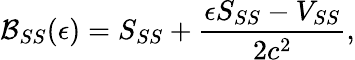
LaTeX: \mathcal{B}_{SS}(\epsilon)=S_{SS}+\frac{\epsilon S_{SS}-V_{SS}}{2c^{2}},